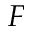
F